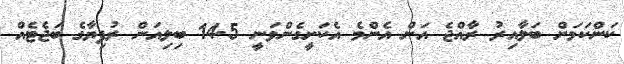
ކަންކަމަށް ބަލާއިރު ރާއްޖެ އަށް އެންމެ އެކަށީގެންވަނީ 14.5 ބިލިއަން ރުފިޔާގެ ބަޖެޓެއް